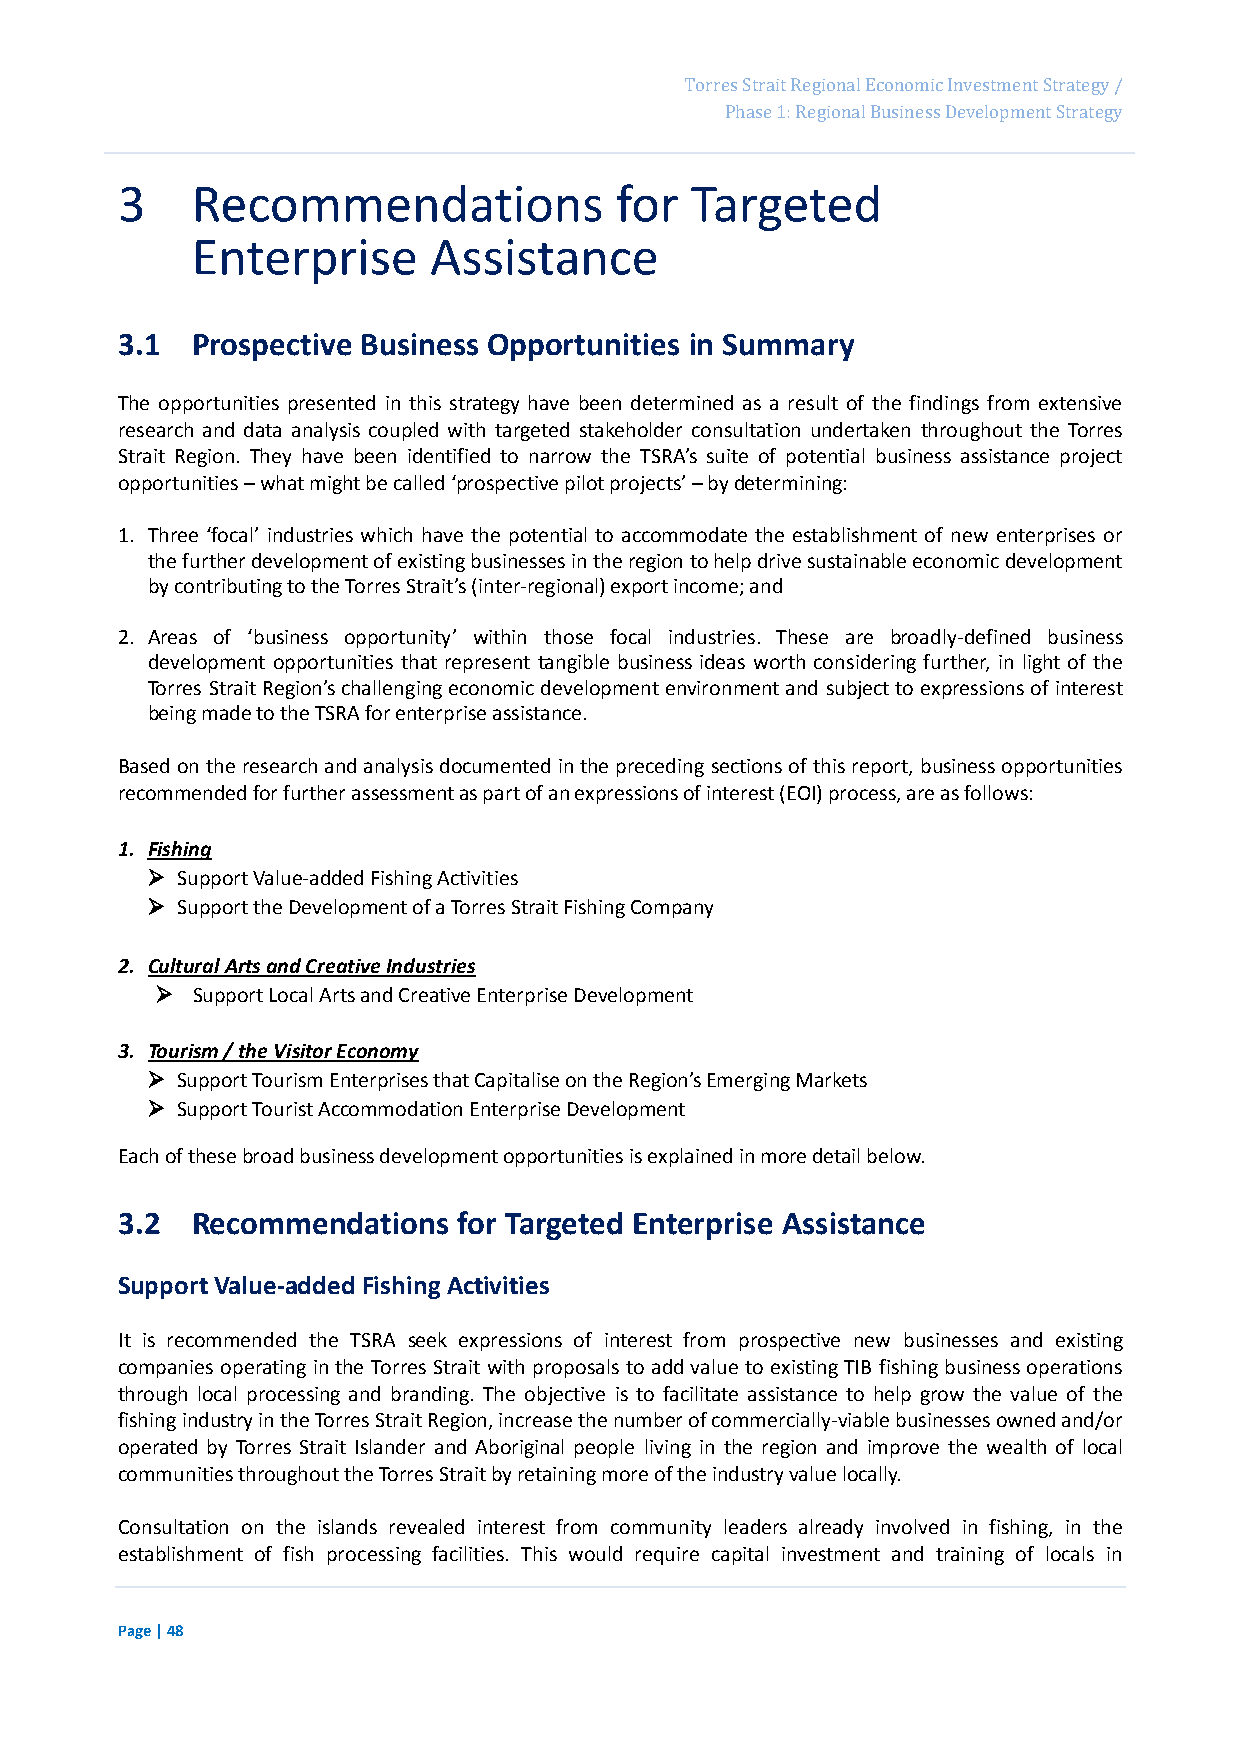
Page 64
 Torres Strait Regional Economic Investment Strategy /
 Phase 1: Regional Business Development Strategy
 3    Recommendations             for  Targeted
 Enterprise     Assistance
 3.1  Prospective Business Opportunities in Summary
 The opportunities presented in this strategy have been determined as a result of the findings from extensive
 research and data analysis coupled with targeted stakeholder consultation undertaken throughout the Torres
 Strait Region. They have been identified to narrow the TSRA’s suite of potential business assistance project
 opportunities – what might be called ‘prospective pilot projects’ – by determining:
 1. Three ‘focal’ industries which have the potential to accommodate the establishment of new enterprises or
 the further development of existing businesses in the region to help drive sustainable economic development
 by contributing to the Torres Strait’s (inter-regional) export income; and
 2. Areas of ‘business opportunity’ within those focal industries. These are broadly-defined business
 development opportunities that represent tangible business ideas worth considering further, in light of the
 Torres Strait Region’s challenging economic development environment and subject to expressions of interest
 being made to the TSRA for enterprise assistance.
 Based on the research and analysis documented in the preceding sections of this report, business opportunities
 recommended for further assessment as part of an expressions of interest (EOI) process, are as follows:
 1. Fishing
  Support Value-added Fishing Activities
  Support the Development of a Torres Strait Fishing Company
 2. Cultural Arts and Creative Industries
   Support Local Arts and Creative Enterprise Development
 3. Tourism / the Visitor Economy
  Support Tourism Enterprises that Capitalise on the Region’s Emerging Markets
  Support Tourist Accommodation Enterprise Development
 Each of these broad business development opportunities is explained in more detail below.
 3.2  Recommendations  for Targeted Enterprise Assistance
 Support Value-added Fishing Activities
 It is recommended the TSRA seek expressions of interest from prospective new businesses and existing
 companies operating in the Torres Strait with proposals to add value to existing TIB fishing business operations
 through local processing and branding. The objective is to facilitate assistance to help grow the value of the
 fishing industry in the Torres Strait Region, increase the number of commercially-viable businesses owned and/or
 operated by Torres Strait Islander and Aboriginal people living in the region and improve the wealth of local
 communities throughout the Torres Strait by retaining more of the industry value locally.
 Consultation on the islands revealed interest from community leaders already involved in fishing, in the
 establishment of fish processing facilities. This would require capital investment and training of locals in
 Page | 48